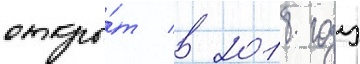
откры́т в 2018 году